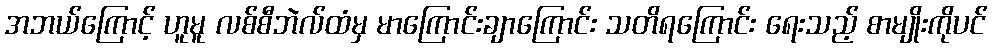
အဘယ်ကြောင့် ဟူမူ လစ်စီဘဲလ်ထံမှ မာကြောင်းချာကြောင်း သတိရကြောင်း ရေးသည့် စာမျိုးကိုပင်